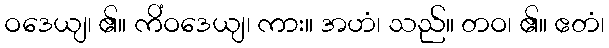
ဝဒေယျ၊ ၏။ ကိံဝဒေယျ၊ ကား။ အဟံ၊ သည်။ တဝ၊ ၏။ ဧတံ၊